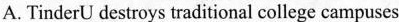
A. TinderU destroys traditional college campuses